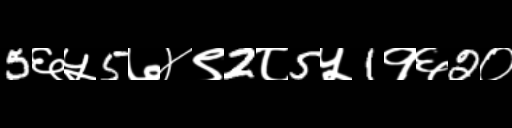
Text: 5६५5७४९2८5५1१६2०